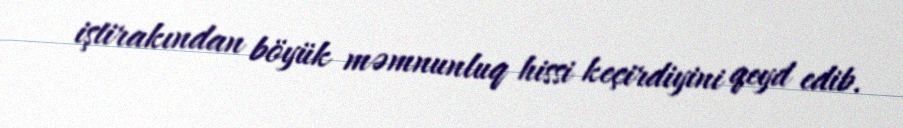
iştirakından böyük məmnunluq hissi keçirdiyini qeyd edib.